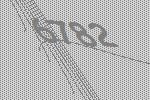
6782